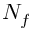
N _ { f }